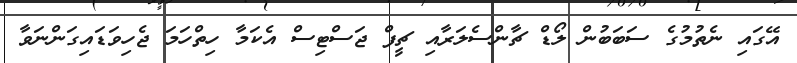
އޭގައި ނެތުމުގެ ސަބަބުން ލޯޑް ޗާންސެލަރާއި ޗީފް ޖަސްޓިސް އެކަމާ ހިތްހަމަ ޖެހިވަޑައިގަންނަވާ